Annual report of the Punjab Veterinary College and of the Civil Veterinary Department, Punjab - 1920-1925
Year: 1920
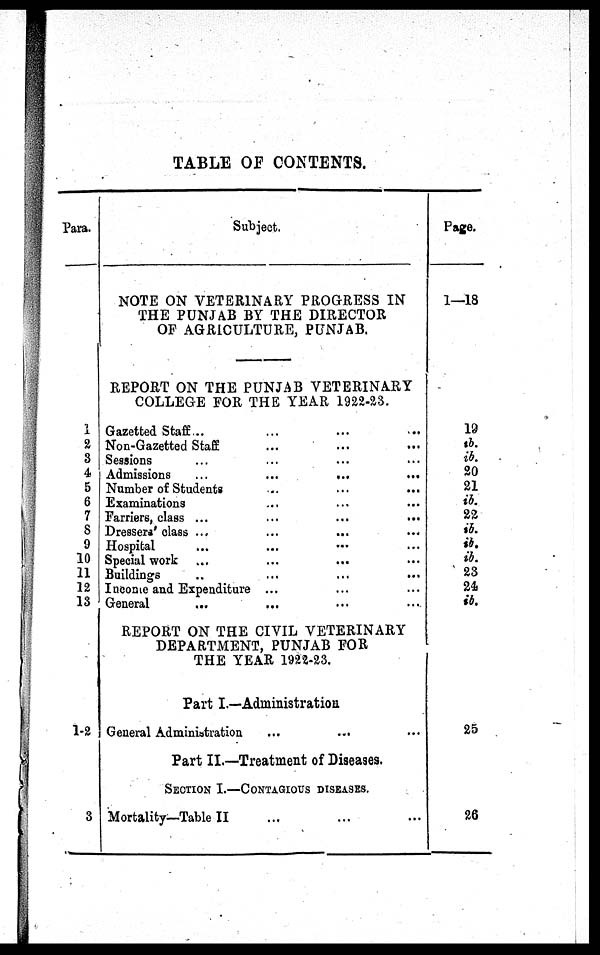
TABLE OF CONTENTS.
Para.
1
2
3
4
5
6
7
8
9
10
11
12
13
1-2
3
Subject.
NOTE ON VETERINARY PROGRESS IN
THE PUNJAB BY THE DIRECTOR
OF AGRICULTURE, PUNJAB.
REPORT ON THE PUNJAB VETERINARY
COLLEGE FOR THE YEAR 1922-23.
Gazetted Staff ... ... ... ...
Non-Gazetted Staff ... ... ...
Sessions ... ... ... ...
Admissions ...
...
...
Number of Students ... ... ...
Examinations ... ... ...
Farriers, class ... ... ...
Dressera' class .... ... ... ...
Hospital ... ... ... ...
Special work ... ... ... ...
Buildings ... ... ... ...
Income and Expenditure ... ... ...
General ... ... ... ...
REPORT ON THE CIVIL VETERINARY
DEPARTMENT, PUNJAB FOR
THE YEAR 1922-23.
Part I.—Administration
General Administration ... ... ...
Part II.—Treatment of Diseases.
SECTION I.—CONTAGIOUS DISEASES.
Mortality—Table II ... ... ...
Page.
1—18
19
ib.
ib.
20
21
ib.
22
ib.
ib.
ib.
23
24
ib.
25
26